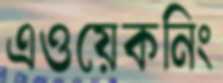
এওয়েকনিং